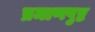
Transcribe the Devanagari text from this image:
प्रमाणपुष्ट